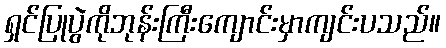
ရှင်ပြုပွဲကိုဘုန်းကြီးကျောင်းမှာကျင်းပသည်။